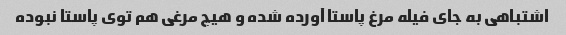
اشتباهی به جای فیله مرغ پاستا آورده شده و هیچ مرغی هم توی پاستا نبوده